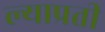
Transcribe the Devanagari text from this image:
ल्याप्रती